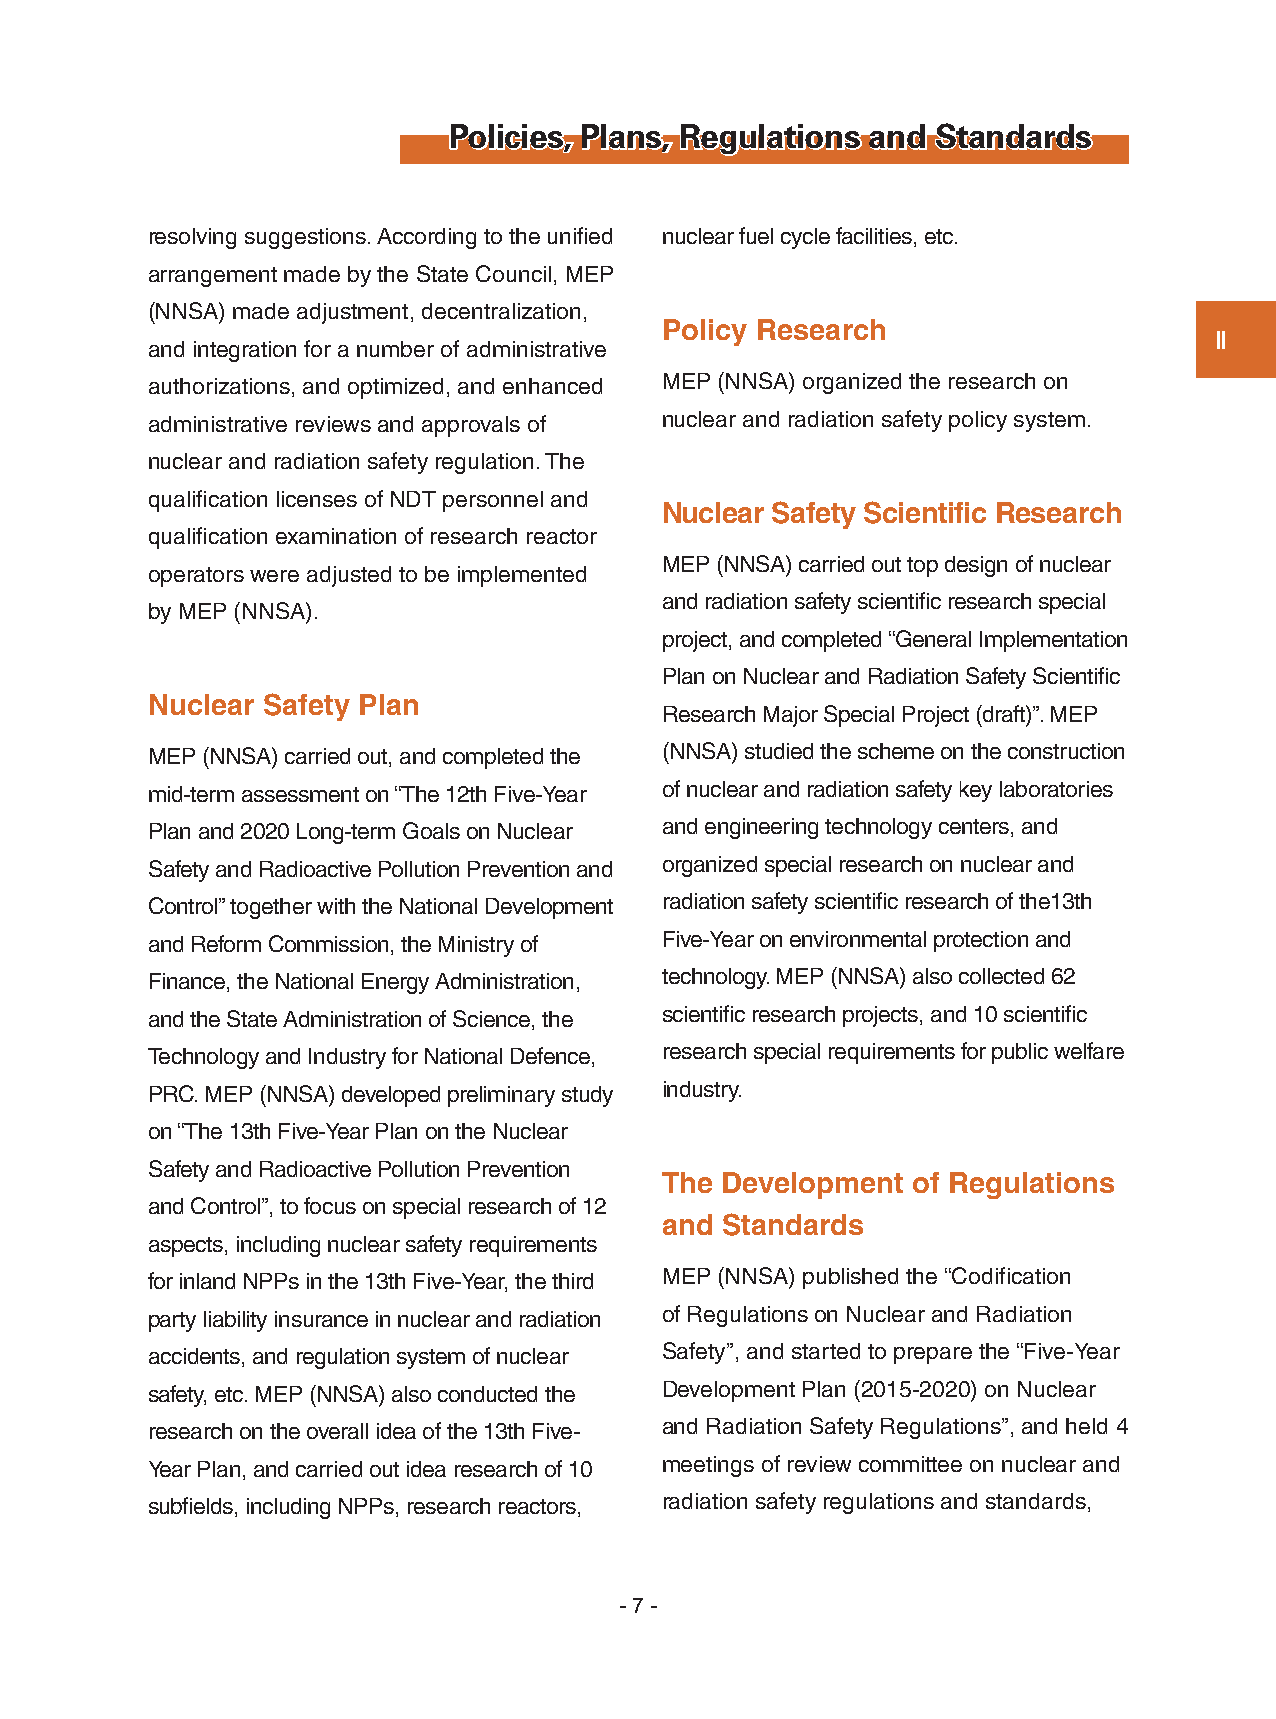
Policies, Plans, Regulations and Standards
 resolving suggestions. According to the unified nuclear fuel cycle facilities, etc.
 arrangement made by the State Council, MEP
 (NNSA) made adjustment, decentralization,
 Policy Research
 Ⅱ
 and integration for a number of administrative
 authorizations, and optimized, and enhanced MEP (NNSA) organized the research on
 administrative reviews and approvals of nuclear and radiation safety policy system.
 nuclear and radiation safety regulation. The
 qualification licenses of NDT personnel and
 Nuclear Safety Scientific Research
 qualification examination of research reactor
 MEP (NNSA) carried out top design of nuclear
 operators were adjusted to be implemented
 and radiation safety scientific research special
 by MEP (NNSA).
 project, and completed “General Implementation
 Plan on Nuclear and Radiation Safety Scientific
 Nuclear Safety Plan
 Research Major Special Project (draft)”. MEP
 MEP (NNSA) carried out, and completed the (NNSA) studied the scheme on the construction
 mid-term assessment on “The 12th Five-Year of nuclear and radiation safety key laboratories
 Plan and 2020 Long-term Goals on Nuclear and engineering technology centers, and
 Safety and Radioactive Pollution Prevention and organized special research on nuclear and
 Control” together with the National Development radiation safety scientific research of the13th
 and Reform Commission, the Ministry of Five-Year on environmental protection and
 Finance, the National Energy Administration, technology. MEP (NNSA) also collected 62
 and the State Administration of Science, the scientific research projects, and 10 scientific
 Technology and Industry for National Defence, research special requirements for public welfare
 PRC. MEP (NNSA) developed preliminary study industry.
 on “The 13th Five-Year Plan on the Nuclear
 Safety and Radioactive Pollution Prevention
 The Development of Regulations
 and Control”, to focus on special research of 12
 and Standards
 aspects, including nuclear safety requirements
 for inland NPPs in the 13th Five-Year, the third MEP (NNSA) published the “Codification
 party liability insurance in nuclear and radiation of Regulations on Nuclear and Radiation
 accidents, and regulation system of nuclear Safety”, and started to prepare the “Five-Year
 safety, etc. MEP (NNSA) also conducted the Development Plan (2015-2020) on Nuclear
 research on the overall idea of the 13th Five- and Radiation Safety Regulations”, and held 4
 Year Plan, and carried out idea research of 10 meetings of review committee on nuclear and
 subfields, including NPPs, research reactors, radiation safety regulations and standards,
 - 7 -